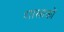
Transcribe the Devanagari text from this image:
शाखाकों